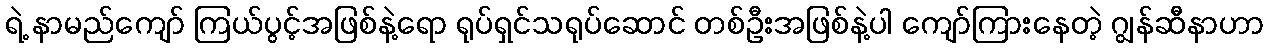
ရဲ့ နာမည်ကျော် ကြယ်ပွင့်အဖြစ်နဲ့ရော ရုပ်ရှင်သရုပ်ဆောင် တစ်ဦးအဖြစ်နဲ့ပါ ကျော်ကြားနေတဲ့ ဂျွန်ဆီနာဟာ